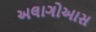
અલાગોઆસ